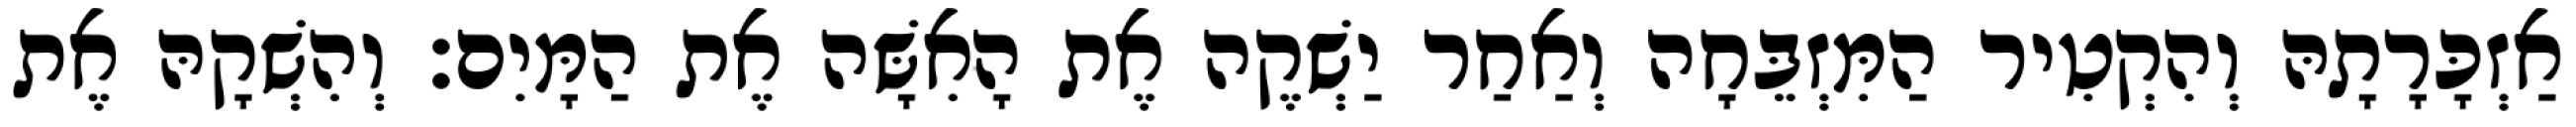
אַזְכָּרָתָהּ וְהִקְטִיר הַמִּזְבֵּחָה וְאַחַר יַשְׁקֶה אֶת הָאִשָּׁה אֶת הַמָּיִם׃ וְהִשְׁקָהּ אֶת